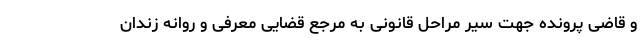
و قاضی پرونده جهت سیر مراحل قانونی به مرجع قضایی معرفی و روانه زندان